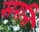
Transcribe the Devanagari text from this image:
सरत्ति